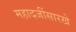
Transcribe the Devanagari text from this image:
महादजींसारखे